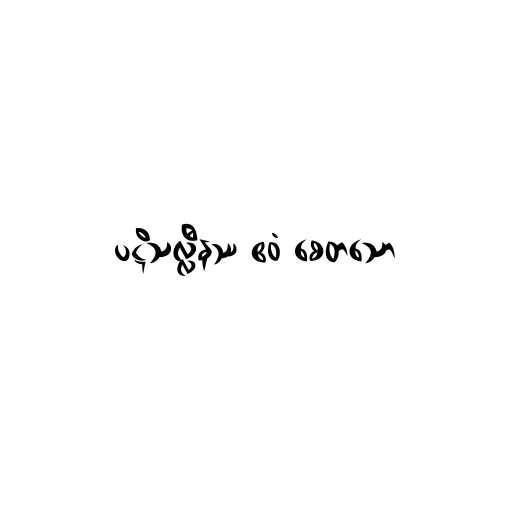
ပဋိသလ္လီနဿ ဧဝံ စေတသော